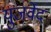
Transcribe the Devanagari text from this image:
युजर्वेद